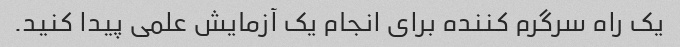
یک راه سرگرم کننده برای انجام یک آزمایش علمی پیدا کنید.